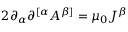
2 \partial _ { \alpha } \partial ^ { [ \alpha } A ^ { \beta ] } = \mu _ { 0 } J ^ { \beta }